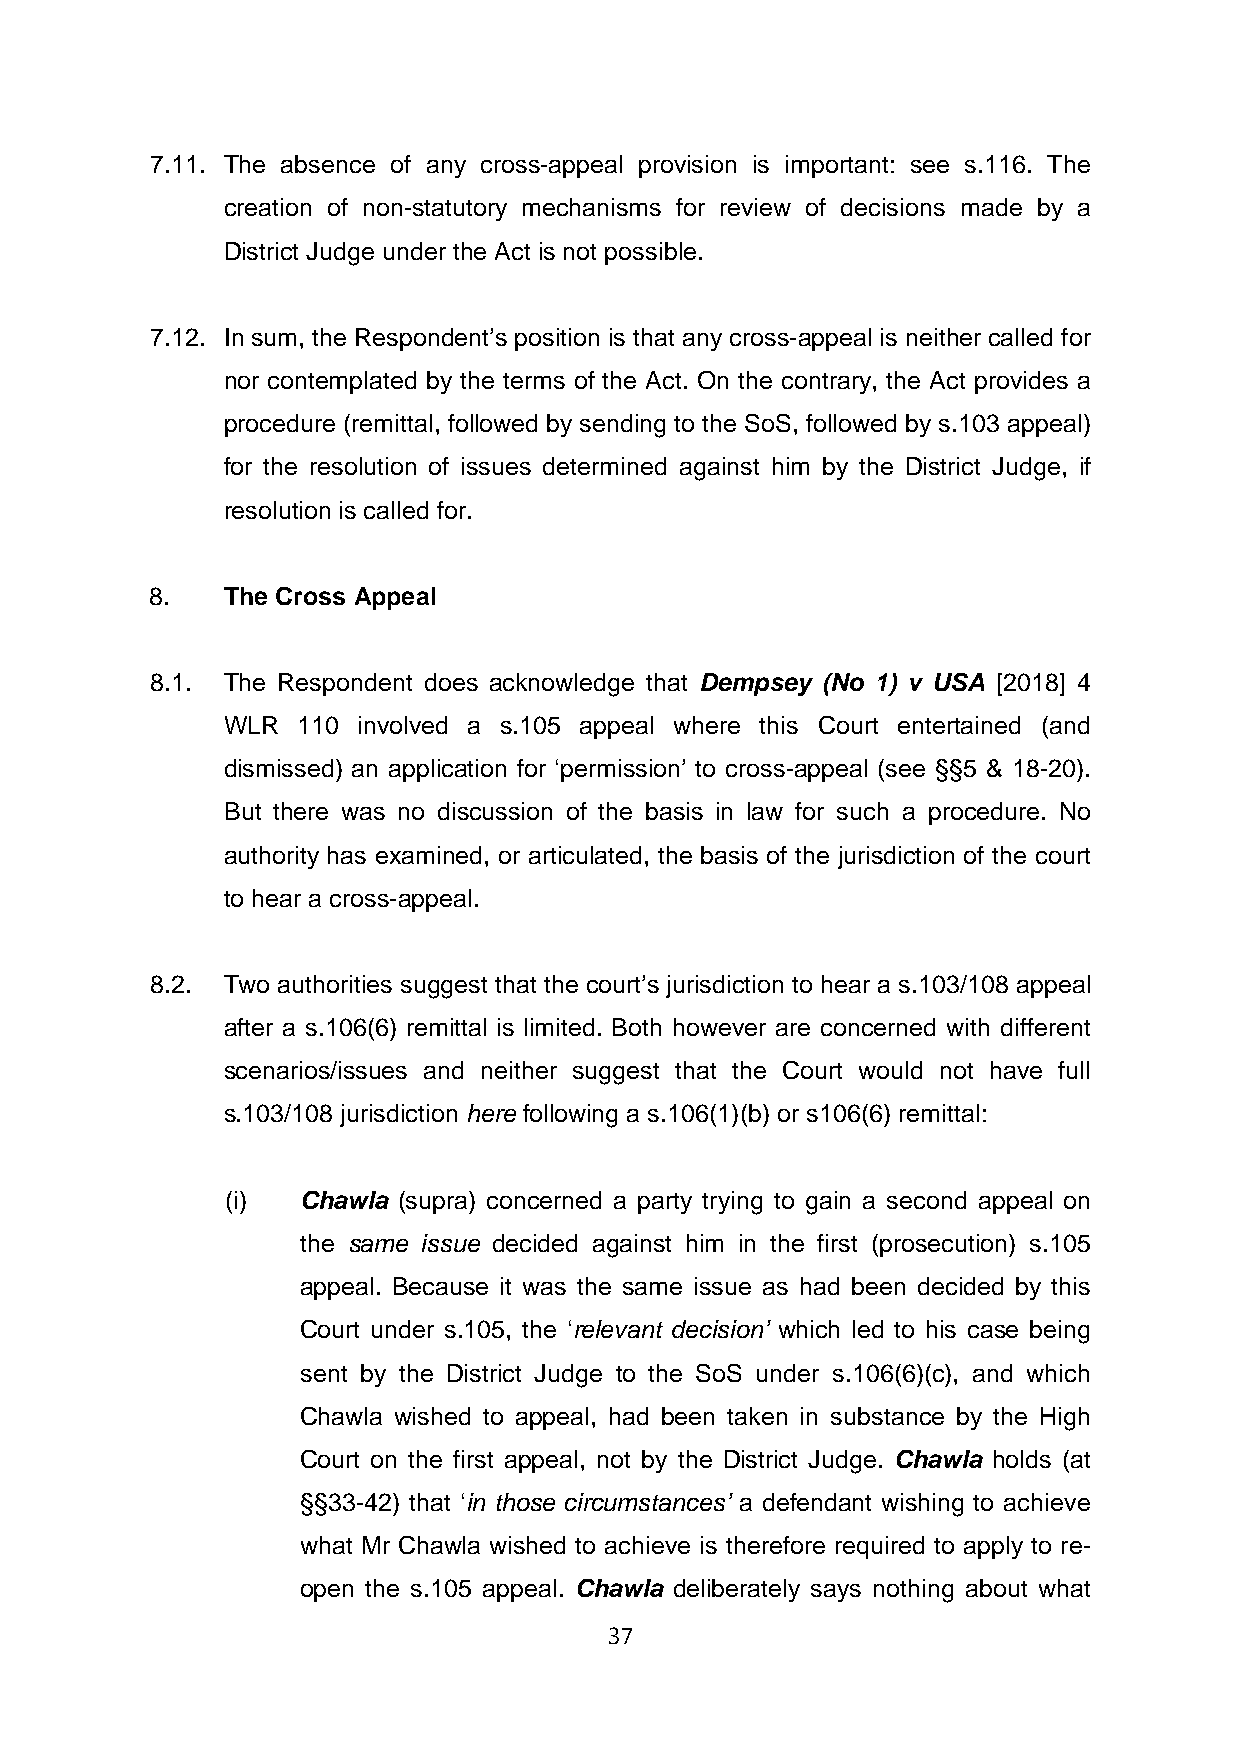
7.11. The absence of any cross-appeal provision is important: see s.116. The
 creation of non-statutory mechanisms for review of decisions made by a
 District Judge under the Act is not possible.
 7.12. In sum, the Respondent’s position is that any cross-appeal is neither called for
 nor contemplated by the terms of the Act. On the contrary, the Act provides a
 procedure (remittal, followed by sending to the SoS, followed by s.103 appeal)
 for the resolution of issues determined against him by the District Judge, if
 resolution is called for.
 8.   The Cross Appeal
 8.1. The Respondent does acknowledge that Dempsey (No 1) v USA [2018] 4
 WLR  110 involved a s.105 appeal where this Court entertained (and
 dismissed) an application for ‘permission’ to cross-appeal (see §§5 & 18-20).
 But there was no discussion of the basis in law for such a procedure. No
 authority has examined, or articulated, the basis of the jurisdiction of the court
 to hear a cross-appeal.
 8.2. Two authorities suggest that the court’s jurisdiction to hear a s.103/108 appeal
 after a s.106(6) remittal is limited. Both however are concerned with different
 scenarios/issues and neither suggest that the Court would not have full
 s.103/108 jurisdiction here following a s.106(1)(b) or s106(6) remittal:
 (i)  Chawla (supra) concerned a party trying to gain a second appeal on
 the same issue decided against him in the first (prosecution) s.105
 appeal. Because it was the same issue as had been decided by this
 Court under s.105, the ‘relevant decision’ which led to his case being
 sent by the District Judge to the SoS under s.106(6)(c), and which
 Chawla wished to appeal, had been taken in substance by the High
 Court on the first appeal, not by the District Judge. Chawla holds (at
 §§33-42) that ‘in those circumstances’ a defendant wishing to achieve
 what Mr Chawla wished to achieve is therefore required to apply to re-
 open the s.105 appeal. Chawla deliberately says nothing about what
 37